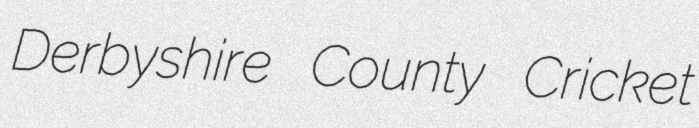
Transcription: Derbyshire County Cricket